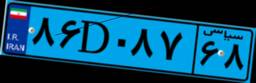
۸۶D۰۸۷۶۸